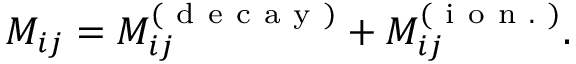
M _ { i j } = M _ { i j } ^ { ( \mathrm { ~ d ~ e ~ c ~ a ~ y ~ } ) } + M _ { i j } ^ { ( \mathrm { ~ i ~ o ~ n ~ . ~ } ) } .